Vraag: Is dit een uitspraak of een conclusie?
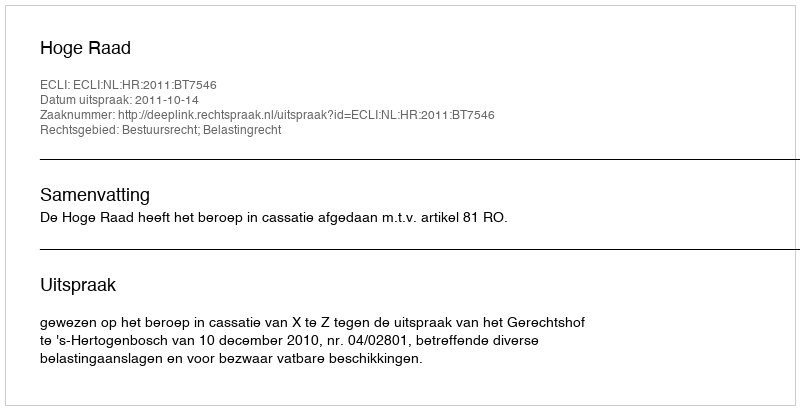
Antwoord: Uitspraak